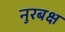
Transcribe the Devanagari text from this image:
नुरबक्ष